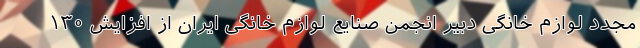
مجدد لوازم خانگی دبیر انجمن صنایع لوازم خانگی ایران از افزایش ۱۳۰